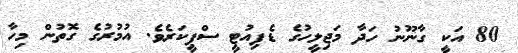
80 އަކީ ގާނޫނު ހަދާ މަޖިލީހުގެ ޑެޕިއުޓީ ސްޕީކަރެވެ. އުމުރުގެ ގޮތުން މިހާ